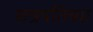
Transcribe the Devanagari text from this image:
छत्रपतिंच्या